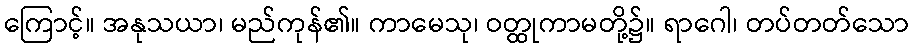
ကြောင့်။ အနုသယာ၊ မည်ကုန်၏။ ကာမေသု၊ ဝတ္ထုကာမတို့၌။ ရာဂေါ၊ တပ်တတ်သော